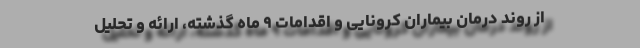
از روند درمان بیماران کرونایی و اقدامات ۹ ماه گذشته، ارائه و تحلیل